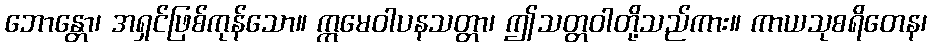
ဘောန္တော၊ အရှင်ဖြစ်ကုန်သော။ ဣမေဝါပနသတ္တာ၊ ဤသတ္တဝါတို့သည်ကား။ ကာယသုစရိတေန၊